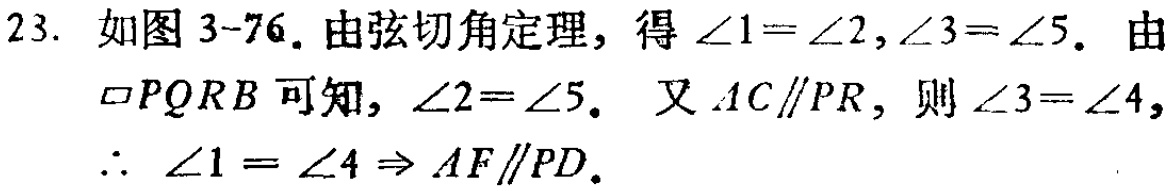
23. 如图 3-76. 由弦切角定理，得\(\angle1 = \angle2,\angle3=\angle5\). 由\(\square PQRB\)可知，\(\angle2 = \angle5\). 又\(AC\parallel PR\)，则\(\angle3=\angle4\)，
\(\therefore\ \angle1=\angle4\Rightarrow AF\parallel PD\).